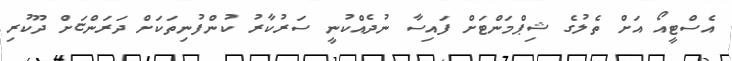
އެސްޓީއޯ އަށް ތެލުގެ ޝިޕްމަންޓަށް ފައިސާ ނުދެއްކުނީ ސަރުކާރު ކުންފުނިތަކަށް ދަރަންޏަށް ދޫކުރި